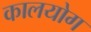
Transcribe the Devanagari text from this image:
कालयोग